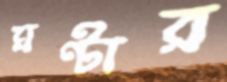
ঘণ্টার